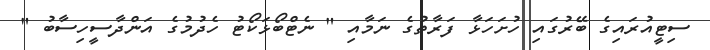
ސިޓީއުރައިގެ ބޭރުގައި ހުށަހަޅާ ފަރާތުގެ ނަމާއި " ނެޓްބޯޅަކޯޓު ހެދުމުގެ އަންދާސީހިސާބު "